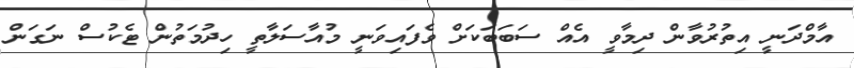
އާމްދަނީ އިތުރުވާން ދިމާވީ އެއް ސަބަބަކަށް ވެފައިވަނީ މުއާސަލާތީ ހިދުމަތުން ޓެކުސް ނަގަން